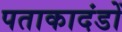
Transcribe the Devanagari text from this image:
पताकादंडों